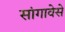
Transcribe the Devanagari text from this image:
सांगावेसे